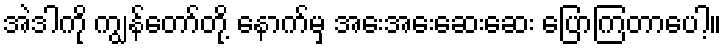
အဲဒါကို ကျွန်တော်တို့ နောက်မှ အေးအေးဆေးဆေး ပြောကြတာပေါ့။